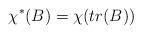
LaTeX: \begin{align*} \chi^*(B) = \chi(tr(B)) \end{align*}